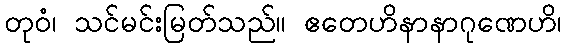
တုဝံ၊ သင်မင်းမြတ်သည်။ ဧတေဟိနာနာဂုဏေဟိ၊